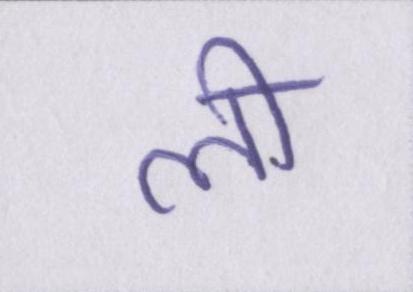
ली